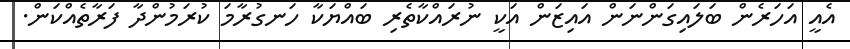
އެއީ އަހަރެން ބަލައިގަންނަން އައިޒަން އަކީ ނުރައްކާތެރި ބައްޔަކާ ހަނގުރާމަ ކުރަމުންދާ ފަރާތެއްކަން.